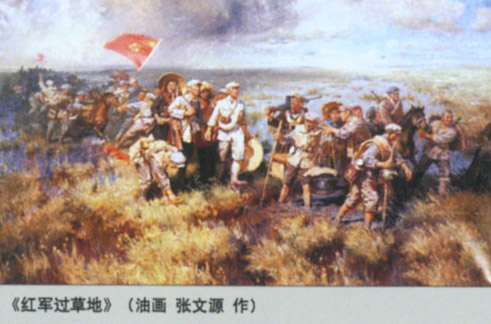
不知天外雁，何事乐长征？